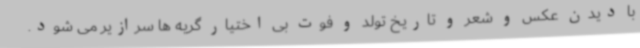
با دیدن عکس و شعر و تاریخ تولد و فوت بی اختیار گریه ها سرازیر می شود.